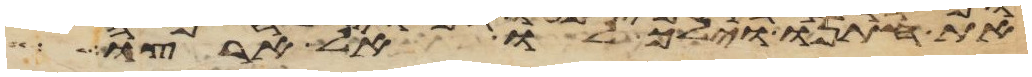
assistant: את חתנו וילך לו אל ארצו